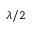
\lambda / 2